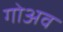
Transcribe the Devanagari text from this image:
गोअव